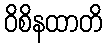
ဝိစိနထာတိ